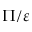
\Pi / \varepsilon